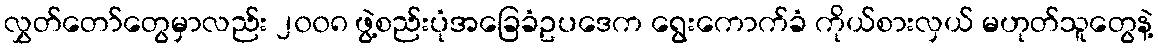
လွှတ်တော်တွေမှာလည်း ၂၀၀၈ ဖွဲ့စည်းပုံအခြေခံဥပဒေက ရွေးကောက်ခံ ကိုယ်စားလှယ် မဟုတ်သူတွေနဲ့